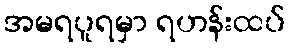
အမရပူရမှာ ရဟန်းထပ်